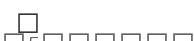
١